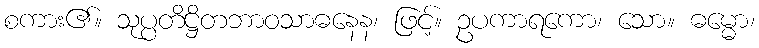
စကား၏။ သုပ္ပတိဋ္ဌိတဘာဝသာဓနေန၊ ဖြင့်။ ဥပကာရကော၊ သော။ ဓမ္မော၊